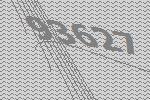
93627